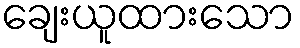
ချေးယူထားသော